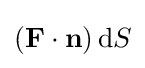
(\mathbf {F} \cdot \mathbf {n} )\,\mathrm {d} S